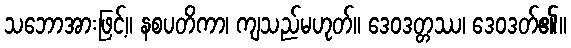
သဘောအားဖြင့်။ နစပတိကာ၊ ကျသည်မဟုတ်။ ဒေဝဒတ္တဿ၊ ဒေဝဒတ်၏။